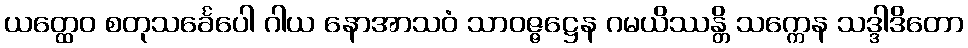
ယတ္ထေဝ စတုသင်္ခေပေါ ဂါယ နောအာသဝံ သာဝဇ္ဇဋ္ဌေန ဂမယိဿန္တိ သက္ကေန သဒ္ဒါဒိတော